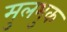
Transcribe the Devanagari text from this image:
मुलभुक